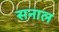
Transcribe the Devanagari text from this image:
सनाल